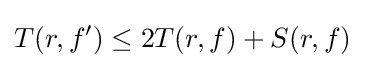
T(r,f')\leq 2T(r,f)+S(r,f)